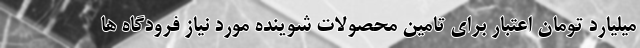
میلیارد تومان اعتبار برای تامین محصولات شوینده مورد نیاز فرودگاه ها